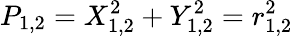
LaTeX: P_{1,2}=X_{1,2}^{2}+Y_{1,2}^{2}=r_{1,2}^{2}